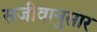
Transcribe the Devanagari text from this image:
सजीवानुसार